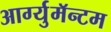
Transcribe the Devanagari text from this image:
आर्ग्युमॅन्टम